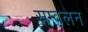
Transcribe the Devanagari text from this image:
सम्वलन